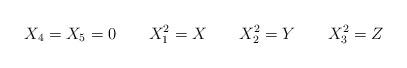
LaTeX: \begin{align*}X_4=X_5=0 \quad\quad X_1^2=X \quad\quad X_2^2=Y \quad\quad X_3^2=Z\end{align*}